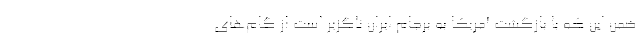
ضمن این که با بازگشت آمریکا به برجام ایران ناگزیر است از گام‌های